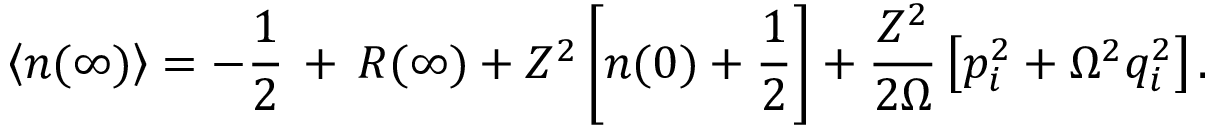
\left< n ( \infty ) \right> = - \frac { 1 } { 2 } \, + \, { \cal R } ( \infty ) + { Z ^ { 2 } } \left[ n ( 0 ) + \frac { 1 } { 2 } \right] + \frac { Z ^ { 2 } } { 2 \Omega } \left[ { p _ { i } ^ { 2 } } + \Omega ^ { 2 } q _ { i } ^ { 2 } \right] .